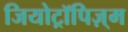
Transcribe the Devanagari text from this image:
जियोट्रॉपिज़्म